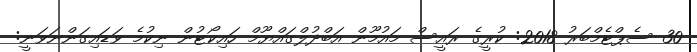
30 ސެޕްޓެމްބަރު 2018: ކުރީގެ ރައީސް މައުމޫން އަބްދުލްގައްޔޫމް ހައިކޯޓުން ނިކުމެ ވަޑައިގަންނަވަނީ: